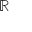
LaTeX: \mathbb { \displaystyle \mathbb { R } ^ { } }